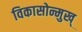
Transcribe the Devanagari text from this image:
विकासोन्मुख्